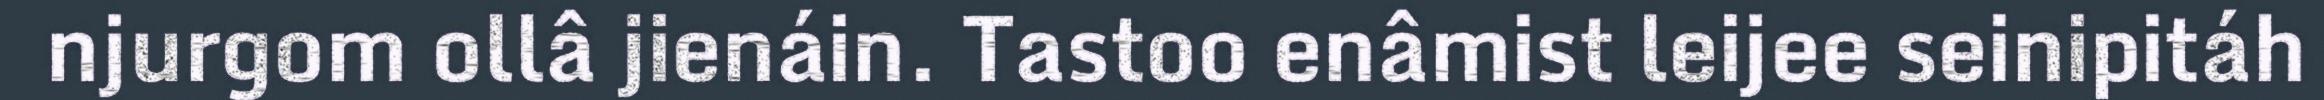
njurgom ollâ jienáin. Tastoo enâmist leijee seinipitáh